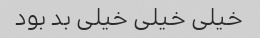
خیلی خیلی خیلی بد بود